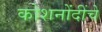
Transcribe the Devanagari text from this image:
कोशनोंदींचे